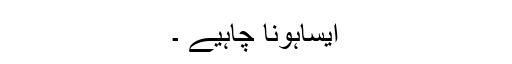
ایساہونا چاہیے ۔